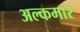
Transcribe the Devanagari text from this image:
अल्कमार